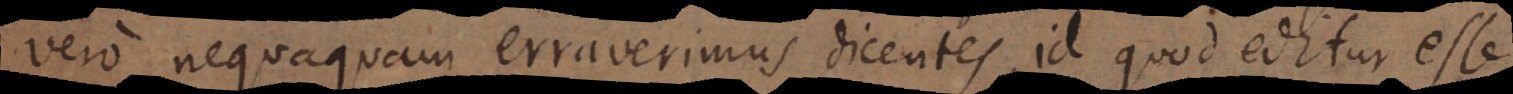
vero nequaquam erraverimus dicentes, id quod editur esse